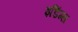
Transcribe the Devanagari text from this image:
इडिंग्स